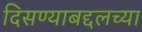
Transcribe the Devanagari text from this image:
दिसण्याबद्दलच्या